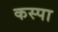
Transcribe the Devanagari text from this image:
कस्पा